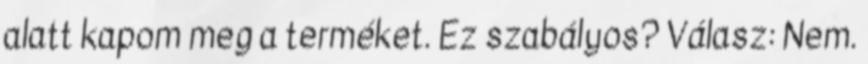
alatt kapom meg a terméket. Ez szabályos? Válasz: Nem.